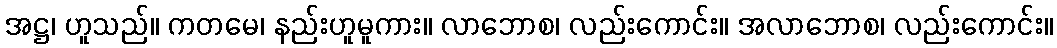
အဋ္ဌ၊ ဟူသည်။ ကတမေ၊ နည်းဟူမူကား။ လာဘောစ၊ လည်းကောင်း။ အလာဘောစ၊ လည်းကောင်း။